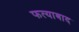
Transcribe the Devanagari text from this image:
फत्याबाद